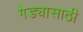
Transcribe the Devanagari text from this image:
गेड्यासाठी